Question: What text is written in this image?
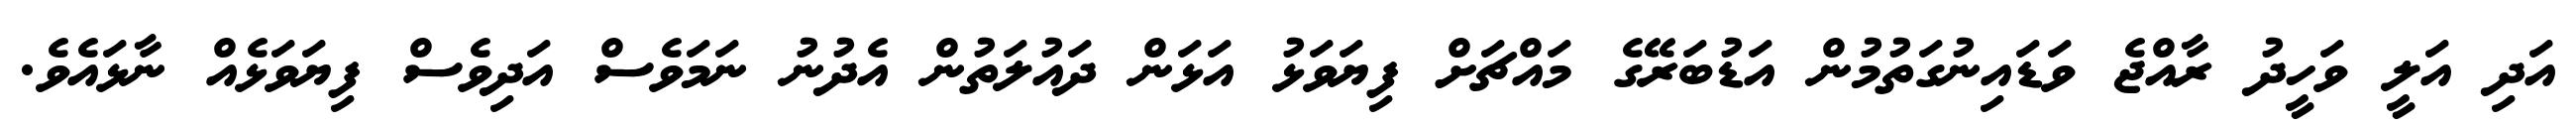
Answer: އަދި އަލީ ވަހީދު ރާއްޖެ ވަޑައިނުގަތުމުން އަޑުބަރޭގެ މައްޗަށް ފިޔަވަޅު އަޅަން ދައުލަތުން އެދުނު ނަމަވެސް އަދިވެސް ފިޔަވަޅެއް ނާޅައެވެ.